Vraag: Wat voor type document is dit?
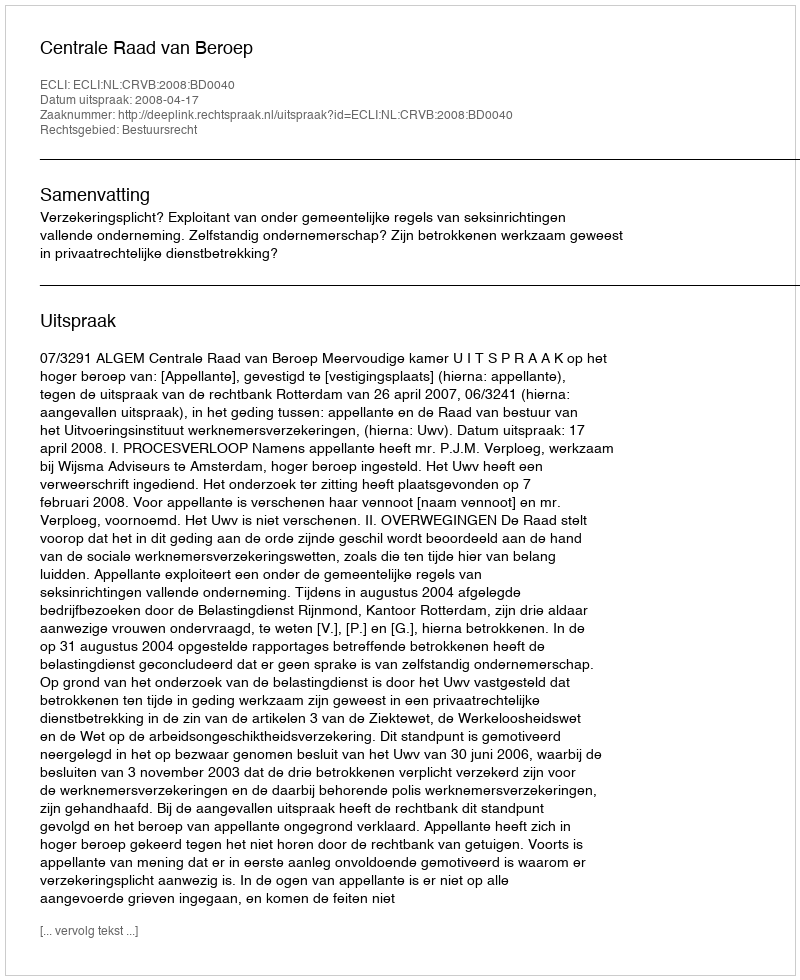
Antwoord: Uitspraak